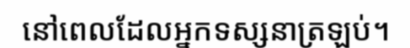
នៅពេលដែលអ្នកទស្សនាត្រឡប់។